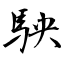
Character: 駚